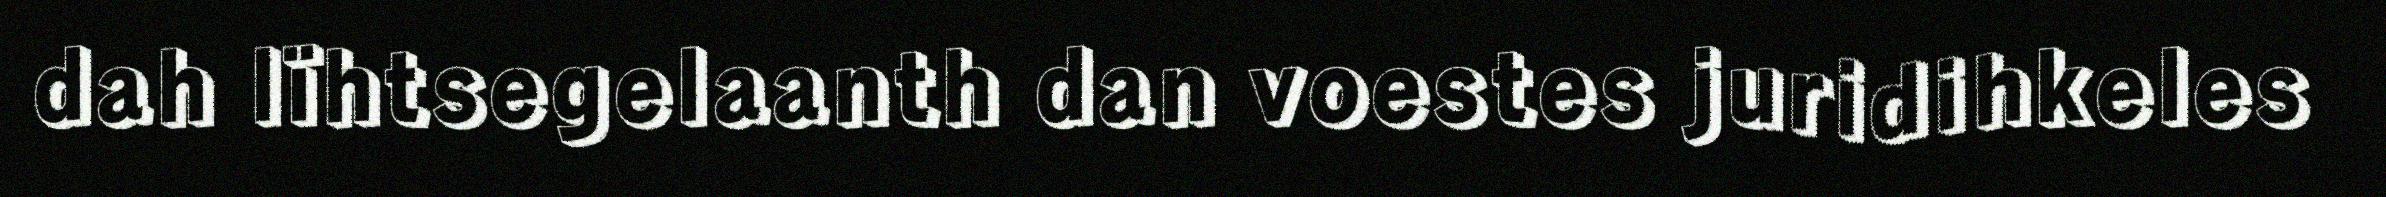
dah lïhtsegelaanth dan voestes juridihkeles